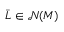
\bar { L } \in \mathcal { N } ( M )